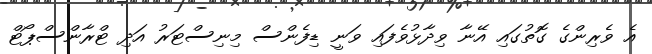
އެ ވެރިންގެ ގޮތުގައި އޭނާ ވިދާޅުވެފައި ވަނީ ޑިފެންސް މިނިސްޓަރު އަދި ޓްރާންސްޕޯޓް